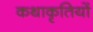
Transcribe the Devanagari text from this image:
कथाकृतियों